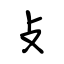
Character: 攴